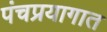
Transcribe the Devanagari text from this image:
पंचप्रयागात